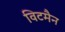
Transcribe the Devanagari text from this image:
विटमैन